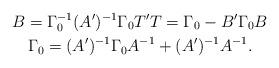
LaTeX: \begin{gather*}B = \Gamma_0^{-1} (A')^{-1} \Gamma_0 T'T = \Gamma_0 - B' \Gamma_0 B \\ \Gamma_0 = (A')^{-1} \Gamma_0 A^{-1} + (A')^{-1} A^{-1} .\end{gather*}